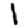
Digit: 1